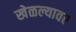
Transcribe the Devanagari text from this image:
खेळल्यावर